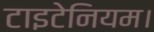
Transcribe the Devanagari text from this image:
टाइटेनियम।